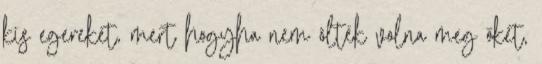
kis egereket, mert hogyha nem ölték volna meg őket,